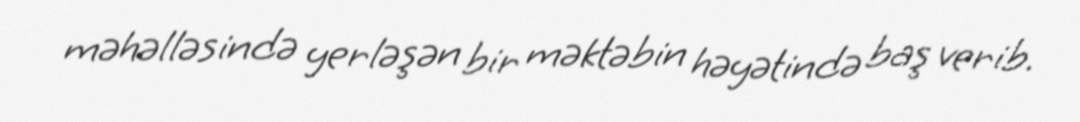
məhəlləsində yerləşən bir məktəbin həyətində baş verib.